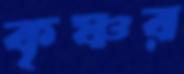
কৃষ্ণর